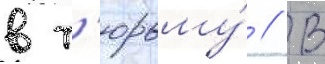
в т'юрьму́ // В